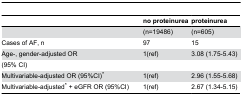
<table><thead><tr><td>[EMPTY_CELL]</td><td><b>no proteinurea </b></td><td><b>proteinurea </b></td></tr></thead><tbody><tr><td>[EMPTY_CELL]</td><td>(n=19486)</td><td>(n=605)</td></tr><tr><td>Cases of AF, n</td><td>97</td><td>15</td></tr><tr><td>Age-, gender-adjusted OR </td><td>1(ref)</td><td>3.08 (1.75-5.43) </td></tr><tr><td>(95% CI) </td><td>[EMPTY_CELL]</td><td>[EMPTY_CELL]</td></tr><tr><td>Multivariable-adjusted OR (95%CI)*</td><td>1(ref)</td><td>2.96 (1.55-5.68)</td></tr><tr><td>Multivariable-adjusted* + eGFR OR (95%CI)</td><td>1(ref)</td><td>2.67 (1.34-5.15)</td></tr></tbody></table>